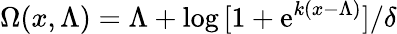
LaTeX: \Omega(x,\Lambda)=\Lambda+\log{[1+\mathrm{e}^{k(x-\Lambda)}]}/\delta